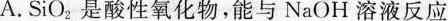
A.SiO-{2}是酸性氧化物，能与NaOH溶液反应